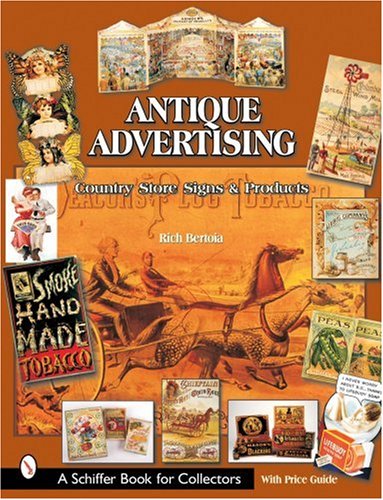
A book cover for Antique Advertising: Country Store Signs And Products (Schiffer Book for Collectors); Rich Bertoia; Crafts, Hobbies & Home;